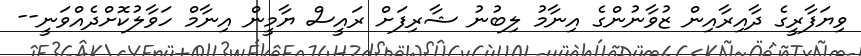
ވިޔަފާރީގެ ދާއިރާއިން ޒުވާނުންގެ އިނާމު ލިބުނު ޝާރިފަށް ރައީސް ޔާމީން އިނާމް ހަވާލުކޮށްދެއްވަނީ--